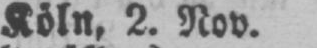
2. Nov.